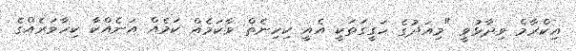
އިކްރާމް ވިދާޅުވީ "މިއަދުގެ ހަގީގަތަކީ އެއީ ކިހިނެތް ވާކަމެއް ކަމެއް އަނެއްކާ ކިހާވަރެއްގެ